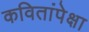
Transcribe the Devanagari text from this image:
कवितांपेक्षा